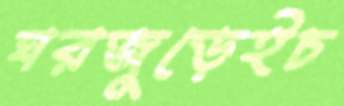
ঘরজুড়েইচ